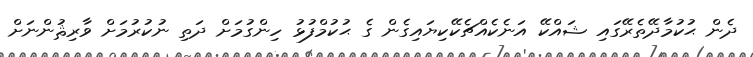
ދެން ޙުކުމާދޭތެރޭގައި ޝައްކޭ އަނެކެއްޗެކޭކިޔައިގެން ގެ ޙުކުމްފުޅު ހިންގުމަށް ދަތި ނުކުރުމަށް ވާރިޘުންނަށް